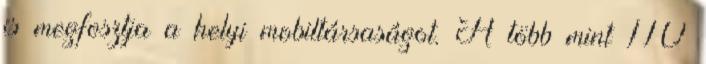
is megfosztja a helyi mobiltársaságot. A több mint 110